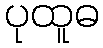
ပုထူဓ